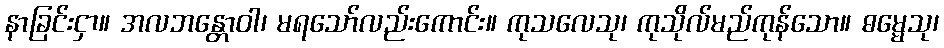
နာခြင်းငှာ။ အလဘန္တောဝါ၊ မရသော်လည်းကောင်း။ ကုသလေသု၊ ကုသိုလ်မည်ကုန်သော။ ဓမ္မေသု၊